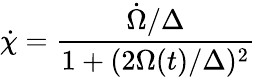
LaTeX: \dot{\chi}=\frac{\dot{\Omega}/\Delta}{1+(2\Omega(t)/\Delta)^{2}}